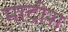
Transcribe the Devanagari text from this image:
मादीरा